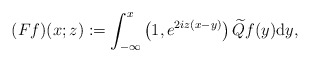
\begin{align*}(Ff)(x;z):=\int_{-\infty}^x\left(1,e^{2iz(x-y)}\right)\widetilde{Q} f(y)\mathrm{d}y,\end{align*}